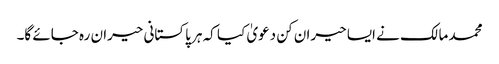
محمد مالک نے ایسا حیران کن دعویٰ کیا کہ ہر پاکستانی حیران رہ جائے گا۔